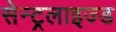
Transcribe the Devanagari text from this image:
सेन्ट्रलाइज्ड